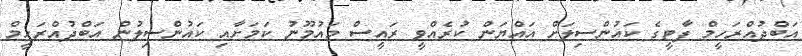
އަބްދުއްރަހީމް ޕާޓީގެ ކައުންސިލަށް އައްޔަން ކުރެއްވީ ރައީސް މައުމޫނު ކަމަށާއި ކައުންސިލުން އަބްދުއްރަހީމް